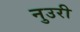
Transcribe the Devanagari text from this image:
नुउरी